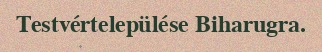
Testvértelepülése Biharugra.